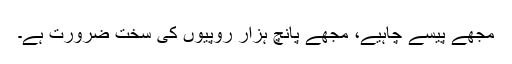
مجھے پیسے چاہیے، مجھے پانچ ہزار روپیوں کی سخت ضرورت ہے۔